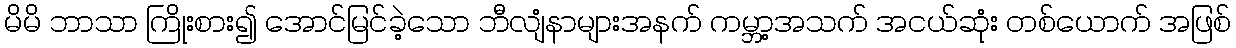
မိမိ ဘာသာ ကြိုးစား၍ အောင်မြင်ခဲ့သော ဘီလျံနာများအနက် ကမ္ဘာ့အသက် အငယ်ဆုံး တစ်ယောက် အဖြစ်